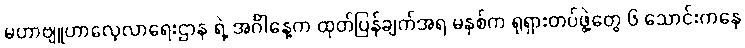
မဟာဗျူဟာလေ့လာရေးဌာန ရဲ့ အင်္ဂါနေ့က ထုတ်ပြန်ချက်အရ မနှစ်က ရုရှားတပ်ဖွဲ့တွေ ၆ သောင်းကနေ